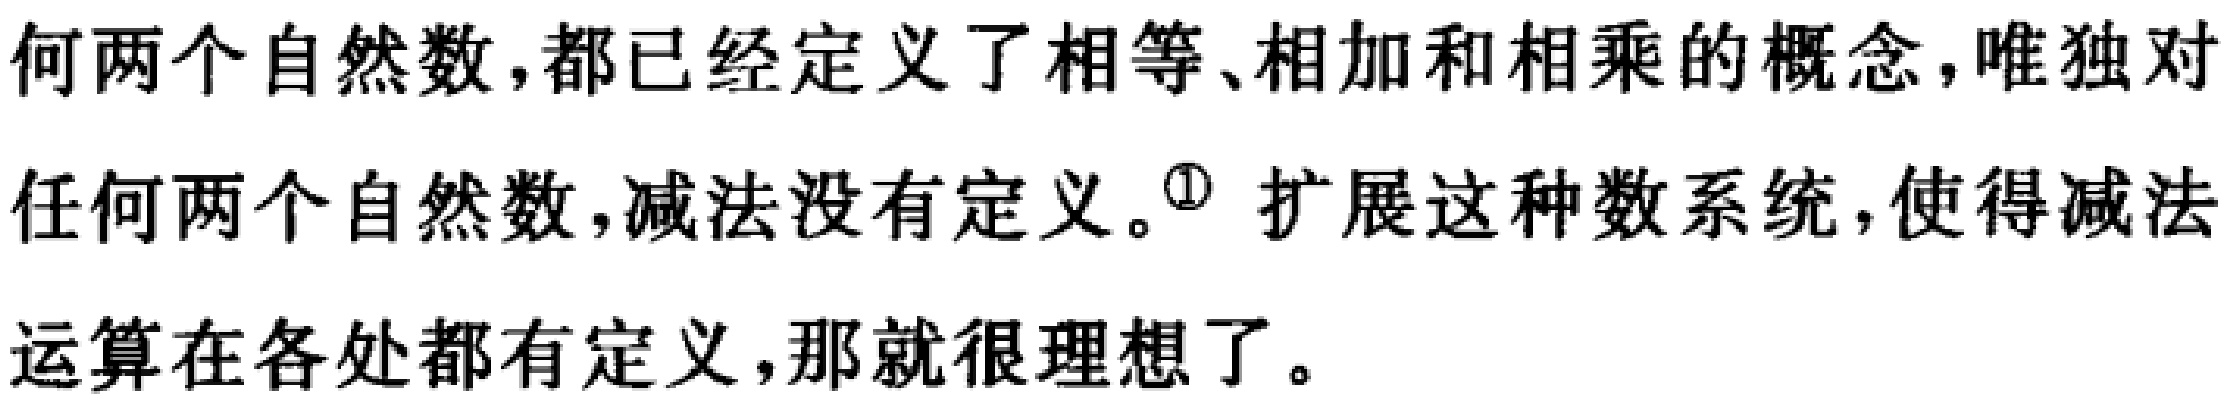
何两个自然数,都已经定义了相等、相加和相乘的概念,唯独对任何两个自然数,减法没有定义。\textcircled{1} 扩展这种数系统,使得减法运算在各处都有定义,那就很理想了。